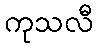
ကုသလီ